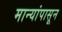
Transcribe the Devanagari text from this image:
मान्यांपासून